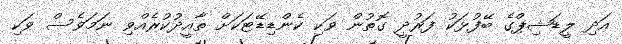
އަދި ލީޑަޝިޕްގެ ބޭފުޅަކު ފަރުދީ ގޮތުން ވަކި ކެންޑިޑޭޓަކަށް ތާއީދުކުރެއްވި ނަމަވެސް ވަކި